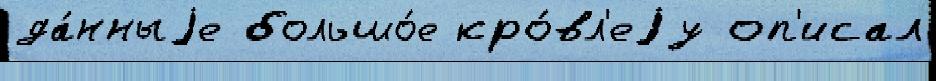
да́нныjе большо́е кро́вл'еjу оп'исал